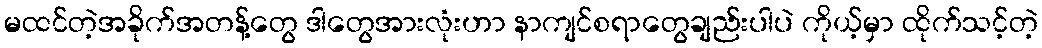
မထင်တဲ့အခိုက်အတန့်တွေ ဒါတွေအားလုံးဟာ နာကျင်စရာတွေချည်းပါပဲ ကိုယ့်မှာ ထိုက်သင့်တဲ့